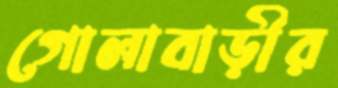
গোলাবাড়ীর